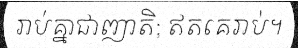
រាប់គ្នាជាញាតិ; ឥតគេរាប់។